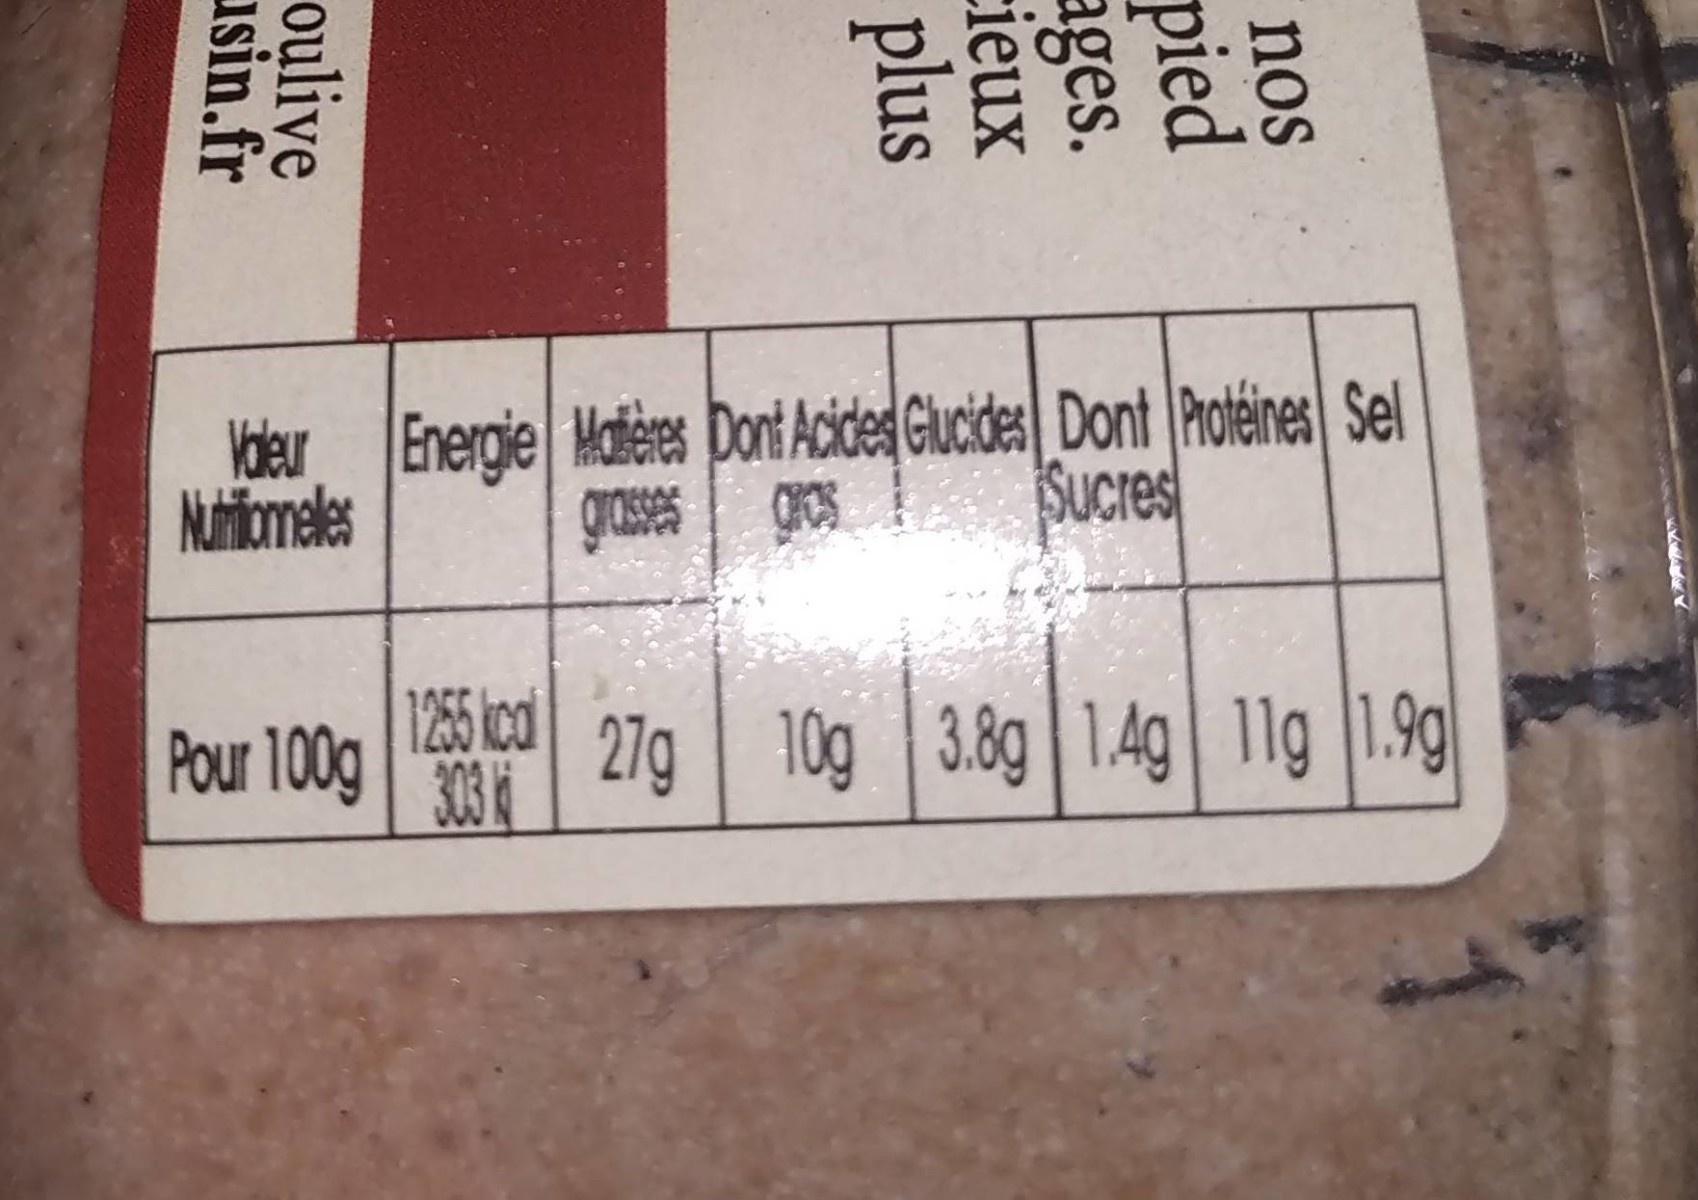
Vder Energie Materes Dort Acided Glucides Dont Protéines Sel grases grs
Nuthiomeles
Sucres
Vs ca 27g 10g 3.8g| 1.4g 11g 1.9 Pour 100g 303
oulive usin.fr